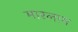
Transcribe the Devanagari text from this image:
मारलाम